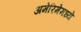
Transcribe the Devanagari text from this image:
अमेरिमेमध्ये